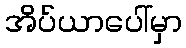
အိပ်ယာပေါ်မှာ